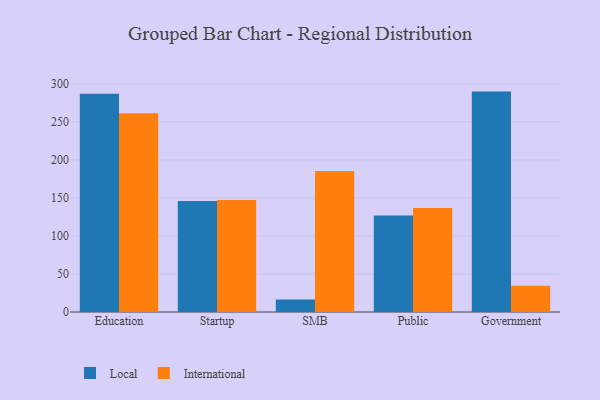
{"axis": {"x": "Segment", "y": "Bounce Rate (%)"}, "legend": ["International", "Local"], "data": [{"x": "Education", "y": 287.1, "type": "Local"}, {"x": "Education", "y": 261.5, "type": "International"}, {"x": "Startup", "y": 146.1, "type": "Local"}, {"x": "Startup", "y": 147.2, "type": "International"}, {"x": "SMB", "y": 16.3, "type": "Local"}, {"x": "SMB", "y": 185.4, "type": "International"}, {"x": "Public", "y": 126.9, "type": "Local"}, {"x": "Public", "y": 136.7, "type": "International"}, {"x": "Government", "y": 289.9, "type": "Local"}, {"x": "Government", "y": 34.5, "type": "International"}]}